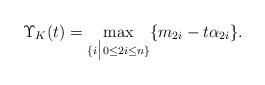
LaTeX: \begin{align*} \Upsilon _K (t)=\max _{\{i\big|0\leq 2i\leq n\}} \{ m_{2i}-t\alpha _{2i}\} . \end{align*}